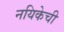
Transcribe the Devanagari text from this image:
नयिकेची